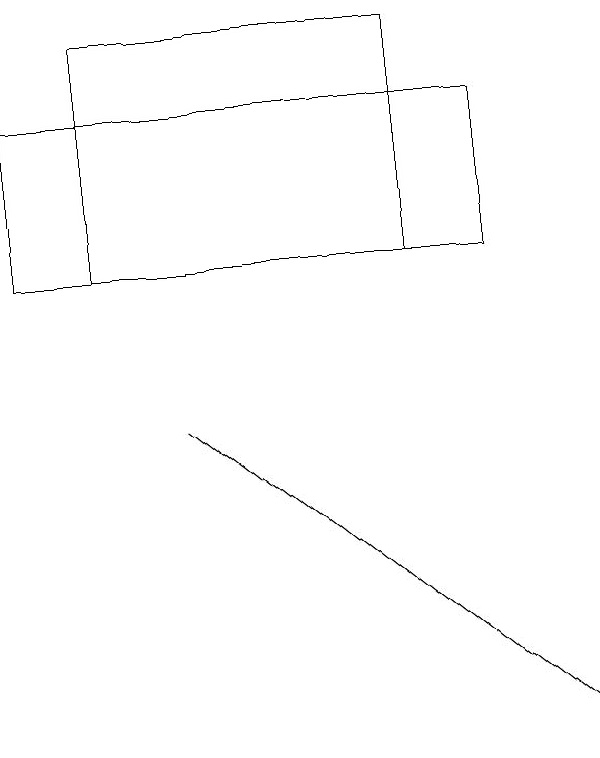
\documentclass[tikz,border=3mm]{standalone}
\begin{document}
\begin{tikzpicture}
\draw (6,19) rectangle (2,16);
\draw (7,18) rectangle (1,16);
\draw[->] (3,14) -- (8,10);
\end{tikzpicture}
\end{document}